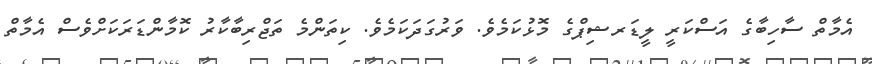
އެމާތް ސާހިބާގެ އަސްކަރީ ލީޑަރޝިޕްގެ މޮޅުކަމެވެ. ވަރުގަދަކަމެވެ. ކިތަންމެ ތަޖްރިބާކާރު ކޮމާންޑަރަކަށްވެސް އެމާތް